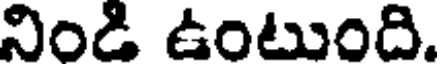
నిండి ఉంటుంది.